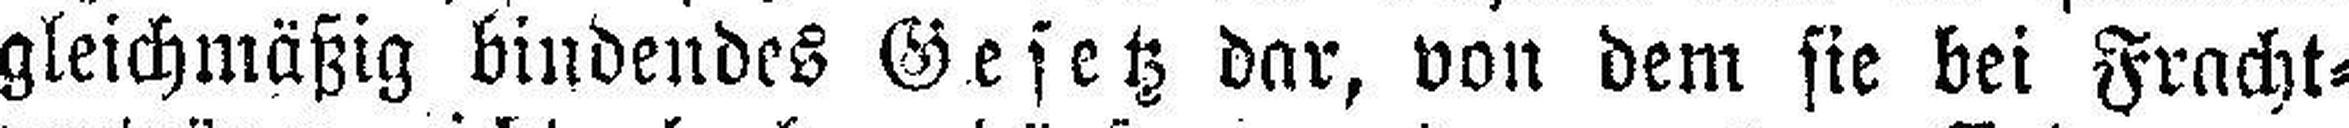
gleichmäßig bindendes Gesetz dar, von dem sie bei Fracht¬